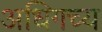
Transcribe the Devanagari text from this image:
अधिगच्य